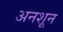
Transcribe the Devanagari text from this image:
अनशून